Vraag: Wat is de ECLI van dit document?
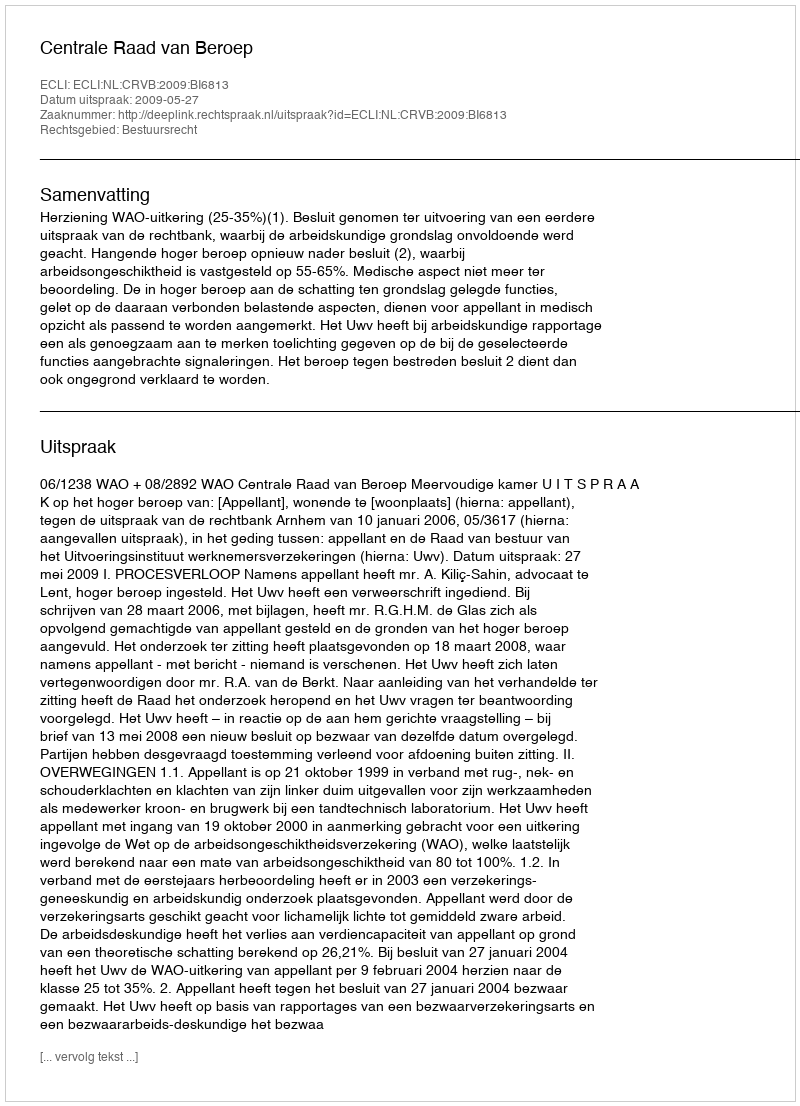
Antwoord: ECLI:NL:CRVB:2009:BI6813